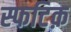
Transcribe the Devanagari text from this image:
स्फटिक़